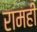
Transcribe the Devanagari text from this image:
रामही